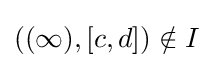
((\infty ),[c,d])\notin I